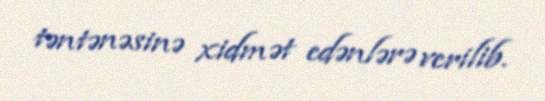
təntənəsinə xidmət edənlərə verilib.